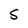
Character: S